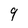
Character: 9